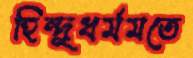
হিন্দুধর্মমতে